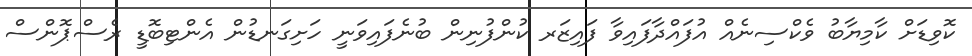
ކޮވިޑަށް ކާމިޔާބު ވެކްސިނެއް އުފައްދާފައިވާ ފައިޒަރ ކުންފުނިން ބުނެފައިވަނީ ހަށިގަނޑުން އެންޓިބޮޑީ ރެސްޕޮންސް